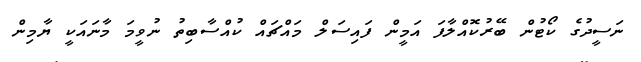
ނަސީދުގެ ކޯޓުން ބޭރުކޮއްލާފަ އަމީން ފައިސަލް މައްޗައް ކުއްސާބިތު ނުވީމަ މާނައަކީ ޔާމިން